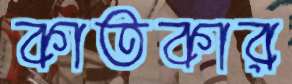
কাতকার